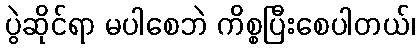
ပွဲဆိုင်ရာ မပါစေဘဲ ကိစ္စပြီးစေပါတယ်၊